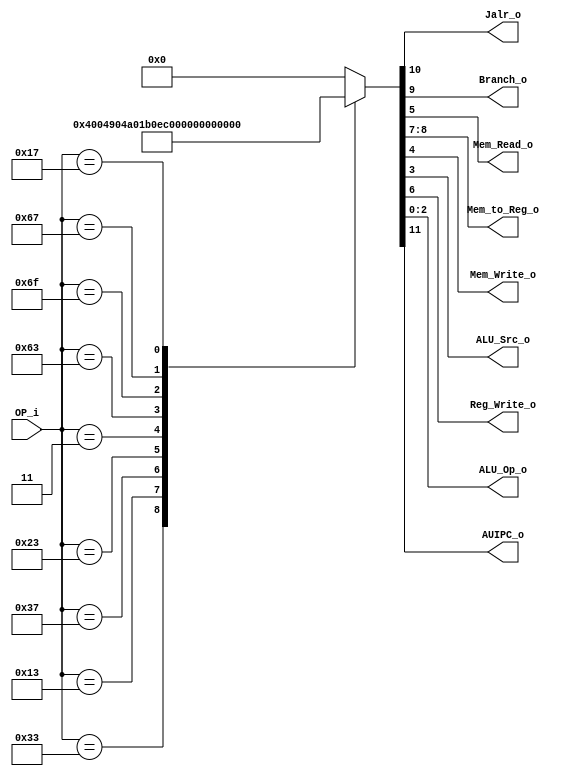
/******************************************************************
* Description
*	This is control unit for the RISC-V Microprocessor. The control unit is 
*	in charge of generation of the control signals. Its only input 
*	corresponds to opcode from the instruction bus.
*	1.0
* Author:
*	Dr. Jos Luis Pizano Escalante
* email:
*	luispizano@iteso.mx
* Date:
*	16/08/2021
******************************************************************/
module Control
(
	input [6:0]OP_i,
	
	output Jalr_o, //nuevo output de control para el jalr nicamente
	output Branch_o,
	output Mem_Read_o,
	output [1:0]Mem_to_Reg_o,
	output Mem_Write_o,
	output ALU_Src_o,
	output Reg_Write_o,
	output [2:0]ALU_Op_o,
	output AUIPC_o
);

//OPCODES PARA INSTRUCCIONES

localparam R_Type = 7'b0110011; // Opcode instrucciones tipo R
localparam I_Type_Logic = 7'b0010011; // Opcode instrucciones tipo I menos jalr

localparam U_Type = 7'b0110111;

localparam S_Type = 7'b0100011;

localparam I_Type_Load = 7'b0000011;

localparam B_Type = 7'b1100011;

localparam J_Type = 7'b1101111;

localparam I_Type_JALR = 7'b1100111;

localparam U_Type_AUIPC = 7'b0010111;



reg [11:0] control_values;

always@(OP_i) begin
	case(OP_i)//                          10_9_87_6_54_3_210
		R_Type: 
			control_values= 12'b00_0_00_1_00_0_000;
		I_Type_Logic: 
			control_values= 12'b00_0_00_1_00_1_001; //ltimos 3 bits se puede asignar lo que queramos
		U_Type:
			control_values= 12'b0_0_00_1_00_1_010;
		S_Type:
			control_values= 12'b00_0_00_0_01_1_011; //3 ALU_op para tipo S
		I_Type_Load:
			control_values= 12'b00_0_01_1_10_1_100;
		B_Type: 
			control_values= 12'b00_1_00_0_00_0_101; //5 ALU_op para tipo B
		J_Type:
			control_values= 12'b00_1_10_1_00_0_110; //6 ALU_op par tipo J
		I_Type_JALR:
			control_values= 12'b01_1_10_1_10_1_111; //7 para JALR
		U_Type_AUIPC:
			control_values= 12'b10_0_00_1_00_1_011;
		default:
			control_values= 12'b00_00_0_00_0_000;
		endcase
end	

assign AUIPC_o = control_values[11];

assign Jalr_o = control_values[10];

assign Branch_o = control_values[9];

assign Mem_to_Reg_o = control_values[8:7]; //Ajuste para el mux 3 a 1

assign Reg_Write_o = control_values[6];

assign Mem_Read_o = control_values[5];

assign Mem_Write_o = control_values[4];

assign ALU_Src_o = control_values[3];

assign ALU_Op_o = control_values[2:0];	

endmodule